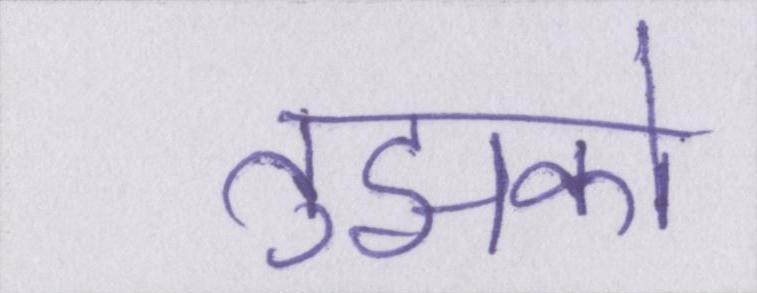
तुझको